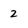
Character: 2